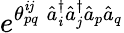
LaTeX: e^{\theta_{pq}^{\mathit{i}j}\; \hat{{a}}_{\mathit{i}}^{\dagger}\hat{{a}}_{j}^{\dagger}\hat{{a}}_{p}\hat{{a}}_{q}}